Civil Veterinary Department Bihar & Orissa reports 1911-21 - 1911-1921
Year: 1911
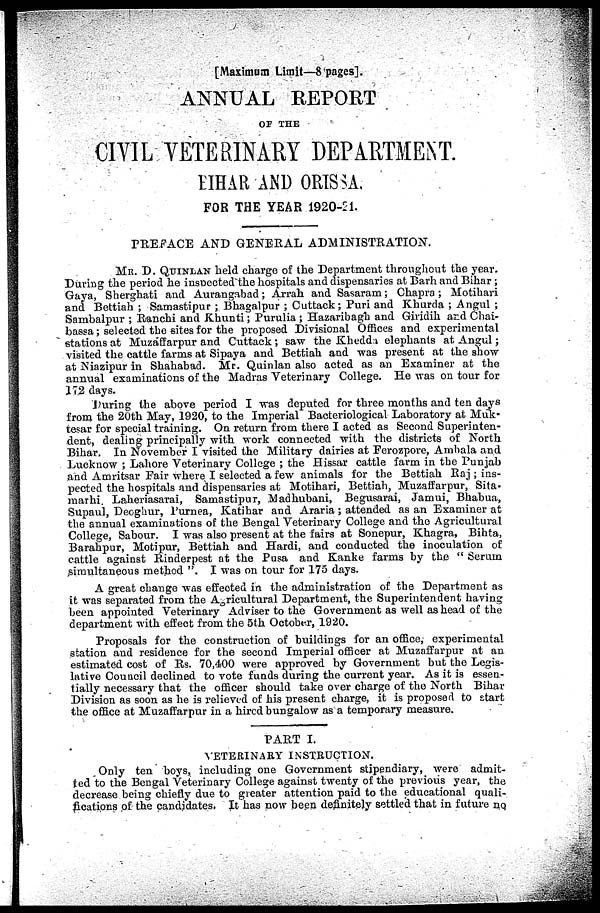
[Maximum Limit—8 pages].
ANNUAL REPORT
OF THE
CIVIL VETERINARY DEPARTMENT.
BIHAR AND ORISSA.
FOR THE YEAR 1920-21.
PREFACE AND GENERAL ADMINISTRATION.
MR. D. QUINLAN held charge of the Department throughout the year.
During the period he inspected the hospitals and dispensaries at Barh and Bihar;
Gaya, Sherghati and Aurangabad; Arrah and Sasaram; Chapra; Motihari
and Bettiah ; Samastipur ; Bhagalpur ; Cuttack; Puri and Khurda ; Angul ;
Sambalpur ; Ranchi and Khunti; Purulia ; Hazaribagh and Giridih and Chai-
bassa; selected the sites for the proposed Divisional Offices and experimental
stations at Muzaffarpur and Cuttack; saw the Khedda elephants at Angul ;
visited the cattle farms at Sipaya and Bettiah and was present at the show
at Niazipur in Shahabad. Mr. Quinlan also acted as an Examiner at the
annual examinations of the Madras Veterinary College. He was on tour for
17.2 days.
During the above period I was deputed for three months and ten days
from the 20th May, 1920, to the Imperial Bacteriological Laboratory at Muk-
tesar for special training. On return from there I acted as Second Superinten-
dent, dealing principally with work connected with the districts of North
Bihar. In November I visited the Military dairies at Ferozpore, Ambala and
Lucknow ; Lahore Veterinary College ; the Hissar cattle farm in the Punjab
and Amritsar Fair where I selected a few animals for the Bettiah Raj ; ins-
pected the hospitals and dispensaries at Motihari, Bettiah, Muzaffarpur, Sita
marhi. Laheriasarai, Samastipur, Madhubani, Begusarai, Jamui, Bhabua,
Supaul, Deoghur, Purnea, Katihar and Araria; attended as an Examiner at
the annual examinations of the Bengal Veterinary College and the Agricultural
College, Sabour. I was also present at the fairs at Sonepur, Khagra, Bihta,
Barahpur, Motipur, Bettiah and Hardi, and conducted the inoculation of
cattle against Rinderpest at the Pusa and Kanke farms by the " Serum
simultaneous method ". I was on tour for 175 days.
A great change was effected in the administration of the Department as
it was separated from the Agricultural Department, the Superintendent having
been appointed Veterinary Adviser to the Government as well as head of the
department with effect from the 5th October, 1920.
Proposals for the construction of buildings for an office, experimental
station and residence for the second Imperial officer at Muzaffarpur at an
estimated cost of Rs. 70,400 were approved by Government but the Legis-
lative Council declined to vote funds during the current year. As it is essen-
tially necessary that the officer should take over charge of the North Bihar
Division as soon as he is relieved of his present charge, it is proposed to start
the office at Muzaffarpur in a hired bungalow as a temporary measure.
PART I.
VETERINARY INSTRUCTION.
Only ten boys, including one Government stipendiary, were admit-
ted to the Bengal Veterinary College against twenty of the previous year, the
decrease being chiefly due to greater attention paid to the educational quali-
fications of the candidates. It has now been definitely settled that in future no